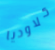
كلاوديا